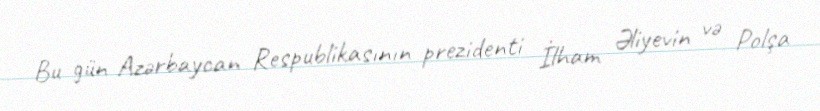
Bu gün Azərbaycan Respublikasının prezidenti İlham Əliyevin və Polşa